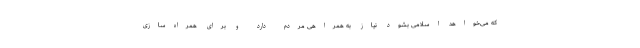
که می‌خواهد اسلامی بشود نیاز به همراهی مردم دارد و برای همراه‌سازی